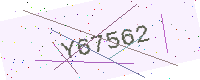
Text: Y67562